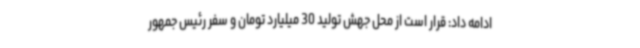
ادامه داد: قرار است از محل جهش تولید 30 میلیارد تومان و سفر رئیس جمهور